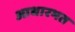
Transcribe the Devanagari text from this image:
आधारभत